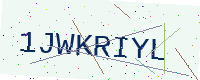
Text: 1JWKRIYL